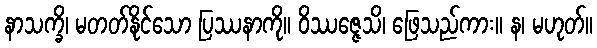
နာသက္ခိ၊ မတတ်နိုင်သော ပြဿနာကို။ ဝိဿဇ္ဇေသိ၊ ဖြေသည်ကား။ န၊ မဟုတ်။